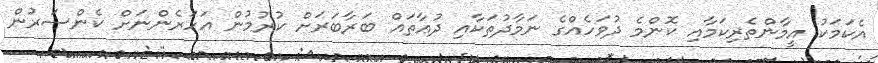
އެކަމަކު އީމާންތެރިކަމާއި ކޮންމެ ދުވަހެއްގެެ ނަމާދުތަކާއި ދުޢާތައް ބަރާބަރަށް ކުރުމުން އަހަރެންނަށް ކެންސަރުން